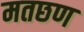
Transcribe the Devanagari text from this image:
मतछण